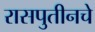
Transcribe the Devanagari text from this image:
रासपुतीनचे